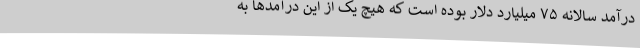
درآمد سالانه ۷۵ میلیارد دلار بوده است که هیچ یک از این درآمدها به